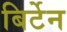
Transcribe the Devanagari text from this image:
बिर्टेन